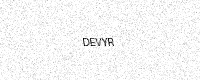
Text: DEVYR